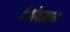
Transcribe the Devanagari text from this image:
देवोपनाम